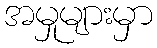
အမှုများမှာ